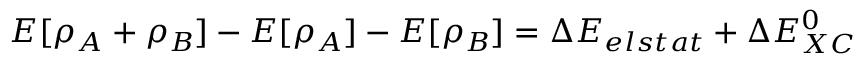
\begin{array} { r } { E [ \rho _ { A } + \rho _ { B } ] - E [ \rho _ { A } ] - E [ \rho _ { B } ] = \Delta E _ { e l s t a t } + \Delta E _ { X C } ^ { 0 } } \end{array}